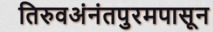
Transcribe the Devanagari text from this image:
तिरुवअंनंतपुरमपासून